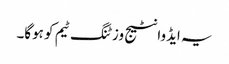
یہ ایڈوانٹیج وزٹنگ ٹیم کو ہوگا۔